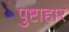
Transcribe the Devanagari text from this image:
पुष्टाहार